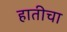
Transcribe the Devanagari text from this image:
हातीचा